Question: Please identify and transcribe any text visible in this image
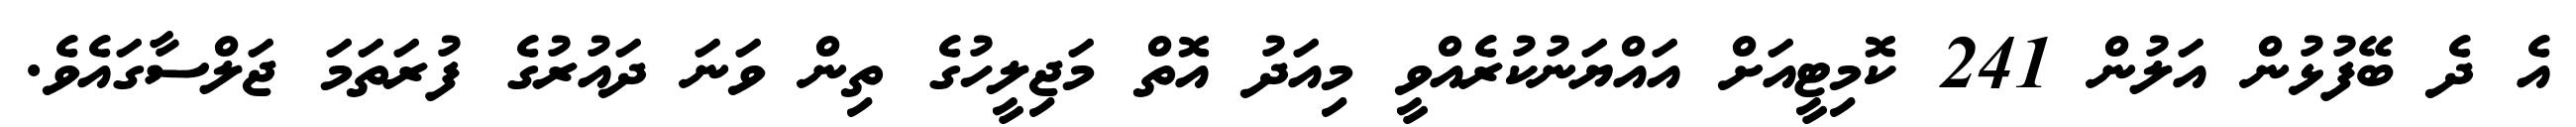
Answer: އެ ދެ ބޭފުޅުން އަލުން 241 ކޮމިޓީއަށް އައްޔަނުކުރެއްވީ މިއަދު އޮތް މަޖިލީހުގެ ތިން ވަނަ ދައުރުގެ ފުރަތަމަ ޖަލްސާގައެވެ.